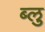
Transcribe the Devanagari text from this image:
ब्‍लु